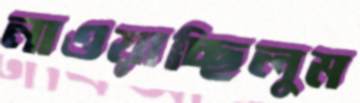
নাওয়াচ্ছিলুম